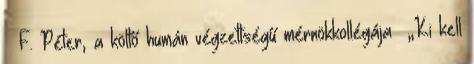
F. Péter, a költő humán végzettségű mérnökkollégája „Ki kell